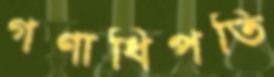
গণাধিপতি